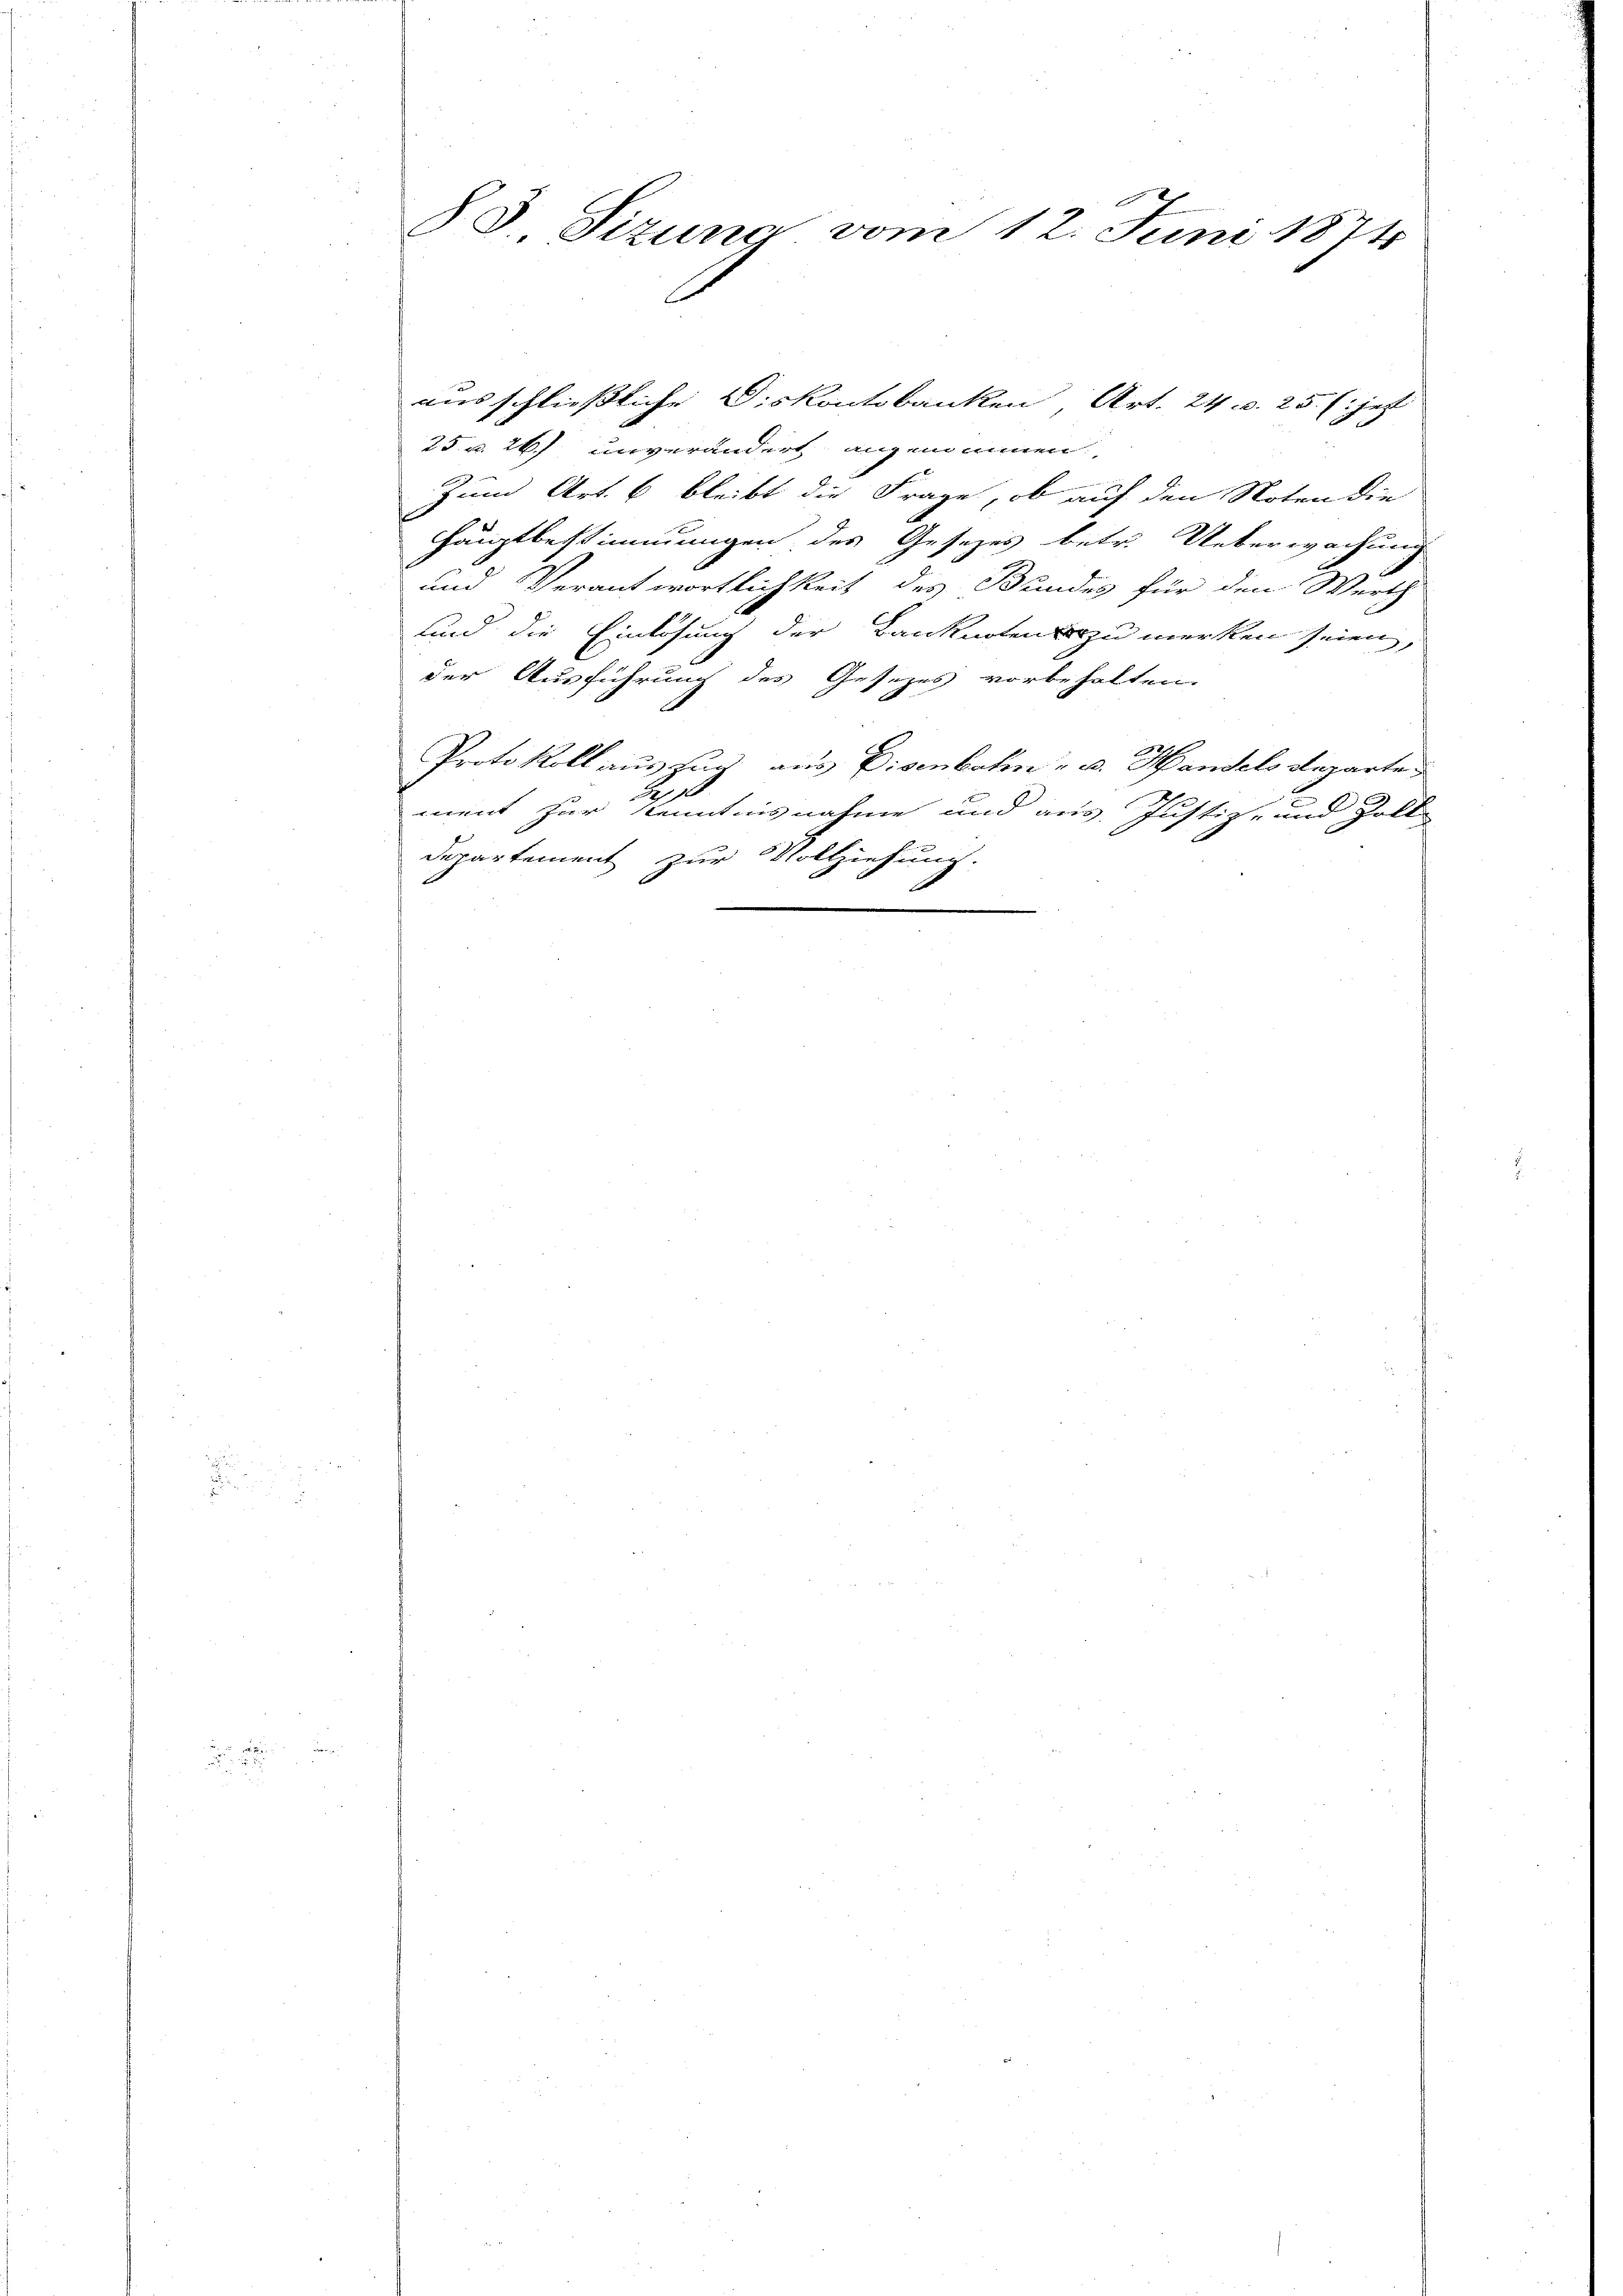
83 Sizung vom 12. Juni 1874

ausschliessliche Diskontobanken Art. 24. d. 25 l. jetzt
25 u. 26) unverändert angenommen,
Zum Art. 6 bleibt die Frage, ob auf den Noten die
Hauptbestimmungen des Gesetzes betr. Ueberwachung
und Verantwortlichkeit des Bundes für den Werth
und die Einlösung der Banknoten zu merken seien,
der Ausführung des Gesezes vorbehalten.
Protokoll auszug aus Eisenbahn - u. Handels Reparte
Bes 18
ment zur Kenntnisnahme und aus Justiz- und Zoll-
Departement zur Vollziehung.
e